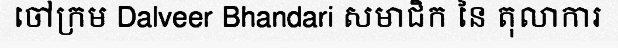
ចៅក្រម Dalveer Bhandari សមាជិក នៃ តុលាការ